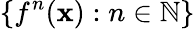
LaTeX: \{ f^{n}(\mathbf{x}):n\in\mathbb{{N}}\}